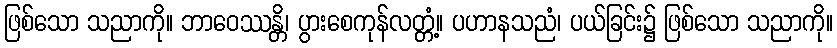
ဖြစ်သော သညာကို။ ဘာဝေဿန္တိ၊ ပွားစေကုန်လတ္တံ့။ ပဟာနသညံ၊ ပယ်ခြင်း၌ ဖြစ်သော သညာကို။